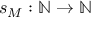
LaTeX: s _ { M } : \mathbb { N } \to \mathbb { N }